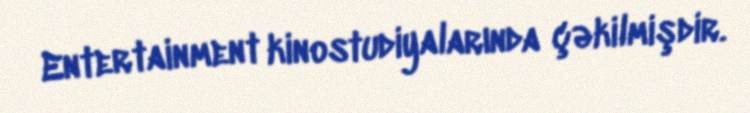
Entertainment kinostudiyalarında çəkilmişdir.